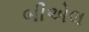
બીએલ